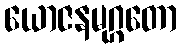
ယောဇနမုဂ္ဂတော